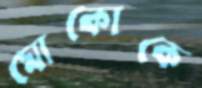
মোকোকে